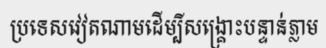
ប្រទេសវៀតណាមដើម្បីសង្គ្រោះបន្ទាន់ភ្លាម